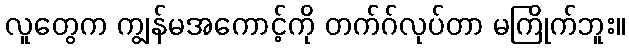
လူတွေက ကျွန်မအကောင့်ကို တက်ဂ်လုပ်တာ မကြိုက်ဘူး။